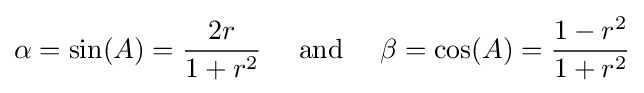
\alpha =\sin(A)={\frac {2r}{1+r^{2}}}\quad {\text{ and }}\quad \beta =\cos(A)={\frac {1-r^{2}}{1+r^{2}}}